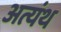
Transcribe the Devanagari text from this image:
अत्यंथ